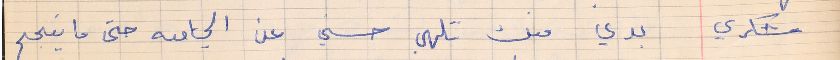
شكري    بدي منك تلهي حسني عن الجامعه حتى ما ينجح